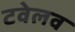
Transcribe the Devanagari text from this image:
टवेलव